Report on plague in the Punjab from October 1st ... to September 30th ..., being the ... season of plague in the province
Disease focus: Plague
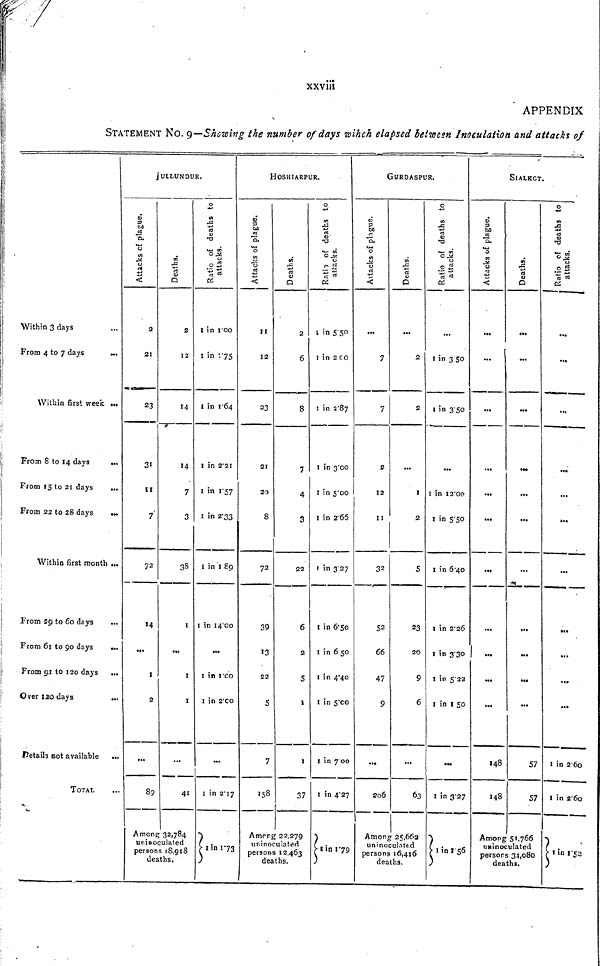
xxvm
STATEMENT NO. 9—Showing the number of days wihch elapsed between Inoculation and attacks of
Within 3 days
From 4 to 7 days
...
Within first week ...
From 8 to 14 days
...
From 15 to 21 days
...
From 22 to 28 days
...
Within first month ...
Prom 29 to 60 days
..
From 61 to 90 days
».
From 91 to 120 days ...
Over 120 days
details Dot available ...
TOTAL
JULLUNDUR.
Attracks of plague.
a
21
23
31
11
7
72
1
2
89
Details.
2
Ï2
14
14
7
3
38
1
...
1
1
-=
41
Amone; 32,784
uninoculated
persons 18,918
deaths.
Radio of deaths to attacks.
1 in 1oo
! in V75
l in 1 64
1 in 2.21
1 in 1.57
1 in 2.33
1 in 1 89
1 in 14.o
».
1 in 1.00
1 in 2.00
—
1 in 2.17
1 in 1.73
HOSHlARPUR.
Attacks of plague.
II
12
23
21
20
8
72
39
13
22
5
7
Deaths.
2
6
8
7
4
3
22
6
2
S
1
1
37
Among 22.279
uninoculated
persons 12,463
deaths.
Radio of deaths to attacks.
s in 5.50
I in 2 00
1 in 2.87
I in 3.00
1 in 5.00
I in 2.65
1 in 3 27
1 in 6.50
1 in 6 50
I in 4.40
I in 5.00
1 in 700
1 in 4.27
1 in 1.79
GURDASPUR.
Attacks of plague.
7
7
2
12
11
32
52
66
47
9
206
Deaths.
2
2
1
2
5
23
20
9
6
...
63
Among 25,662
uninoculated
persons 16,416
deaths.
Radio of deaths to attacks .
I in 3 50
1 in 3.50
1 in 12.00
1 in 5.50
1 in 6.4O
1 in 2.26
1 in 3.30 |
1 in 5.22
1 in 1.50
1 in 3.27
1 in 1.56
SlALKCT.
Attacks of plague.
...
...
...
...
...
...
...
148
148
Deaths.
...
...
•..
...
...
<••
...
...
...
57
57
Among 51,766
uninoculated
persors 34,080
death».
Radio of deaths to
...
...
...
...
...
...
1 in 2.60
1 in 2.60
1 in 1.52